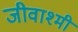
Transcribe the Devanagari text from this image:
जीवाश्मी